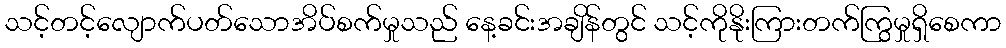
သင့်တင့်လျောက်ပတ်သောအိပ်စက်မှုသည် နေ့ခင်းအချိန်တွင် သင့်ကိုနိုးကြားတက်ကြွမှုရှိစေကာ